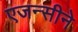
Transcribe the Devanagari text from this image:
एजन्सीने